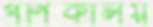
গণিকালয়